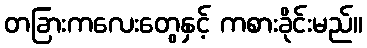
တခြားကလေးတွေနှင့် ကစားခိုင်းမည်။